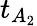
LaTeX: t_{A_{2}}